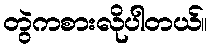
တွဲကစားလိုပါတယ်။